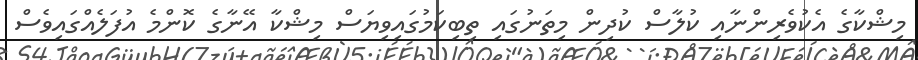
މިޝްކާގެ އެކުވެރިންނާއި ކުލާސް ކުދިން މިތަނުގައި ތިބިކަމުގައިވިޔަސް މިޝްކާ އޭނާގެ ކޮންމެ އުފަލެއްގައިވެސް